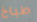
طباخ